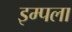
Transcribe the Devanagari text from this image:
इम्पला